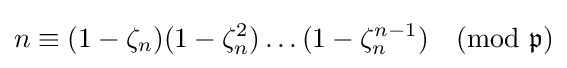
n\equiv (1-\zeta _{n})(1-\zeta _{n}^{2})\dots (1-\zeta _{n}^{n-1}){\pmod {\mathfrak {p}}}